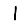
Digit: 1